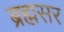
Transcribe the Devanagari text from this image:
ब्रह्मसर